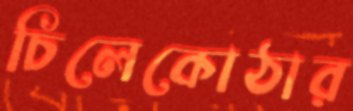
চিলেকোঠার